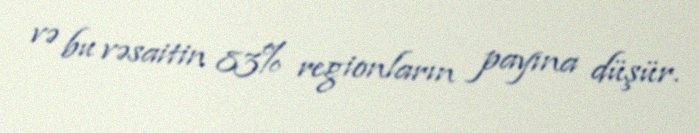
və bu vəsaitin 83% regionların payına düşür.